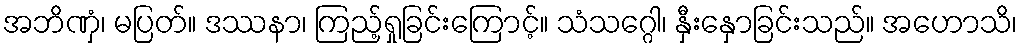
အဘိဏှံ၊ မပြတ်။ ဒဿနာ၊ ကြည့်ရှုခြင်းကြောင့်။ သံသဂ္ဂေါ၊ နှီးနှောခြင်းသည်။ အဟောသိ၊